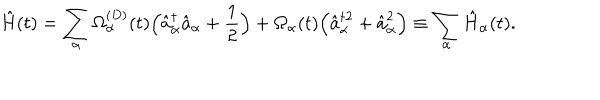
\hat { H } ( t ) = \sum _ { \alpha } \Omega _ { \alpha } ^ { ( D ) } ( t ) \Bigl ( \hat { a } _ { \alpha } ^ { \dagger } \hat { a } _ { \alpha } + \frac { 1 } { 2 } \Bigr ) + \Omega _ { \alpha } ( t ) \Bigl ( \hat { a } _ { \alpha } ^ { \dagger 2 } + \hat { a } _ { \alpha } ^ { 2 } \Bigr ) \equiv \sum _ { \alpha } \hat { H } _ { \alpha } ( t ) .